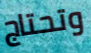
وتحتاج